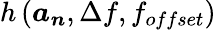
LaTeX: h\left(\boldsymbol{a_{n}},\Delta f,f_{offset}\right)